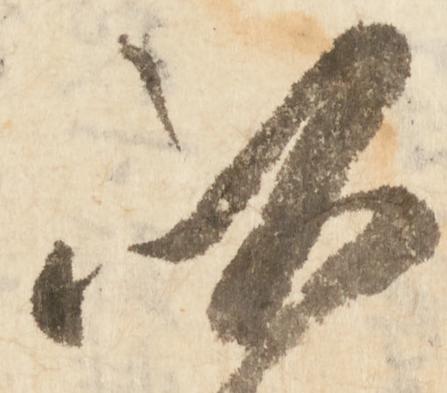
以